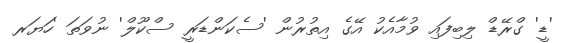
'ޑީ' ގްރޭޑް ލިބިފައި ވުމާއެކު އޭގެ އިތުރުން 'ސެކަންޑަރީ ސްކޫލް' ނުވަތަ 'ހަޔަރ